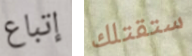
إتباع ستقتلك